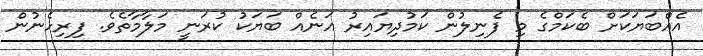
އެއްބަޔަކަށް ބެކަމްގެ މި ފެނިލުން ކަމުދިޔައިރު އަނެއް ބަޔަކު ކުރަނީ މަލާމާތެވެ. ފިރިހެނުން